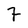
Character: 7